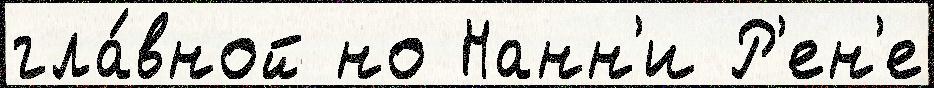
гла́вной но Нанн'и Р'ен'е